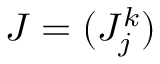
J = ( J _ { j } ^ { k } )